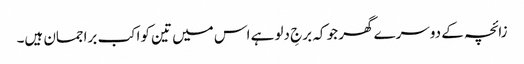
زائچہ کے دوسرے گھر جو کہ برجِ دلو ہے اس میں تین کواکب براجمان ہیں۔